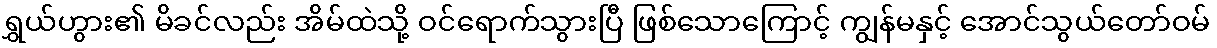
ရွှယ်ဟွား၏ မိခင်လည်း အိမ်ထဲသို့ ဝင်ရောက်သွားပြီ ဖြစ်သောကြောင့် ကျွန်မနှင့် အောင်သွယ်တော်ဝမ်